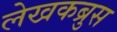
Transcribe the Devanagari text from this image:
लेखकब्रुस